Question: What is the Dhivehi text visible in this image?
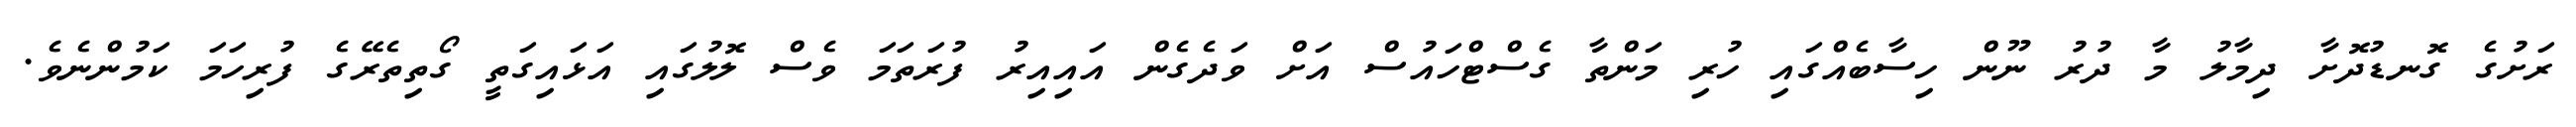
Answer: ރަށުގެ ގޮނޑުދޮށާ ދިމާލު މާ ދުރު ނޫން ހިސާބެއްގައި ހުރި މަންތާ ގެސްޓްހައުސް އަށް ވަދެގެން އައިއިރު ފުރަތަމަ ވެސް ލޮލުގައި އަޅައިގަތީ ގޯތިތެރޭގެ ފުރިހަމަ ކަމުންނެވެ.